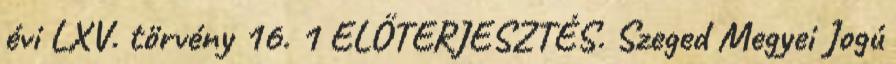
évi LXV. törvény 16. 1 ELŐTERJESZTÉS. Szeged Megyei Jogú